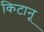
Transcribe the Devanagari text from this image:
किटानू